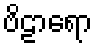
ဗိဠာရော